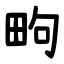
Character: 㽛